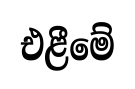
එළීමේ